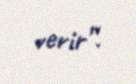
verir”.